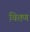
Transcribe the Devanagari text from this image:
वितण